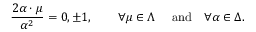
{ \frac { 2 \alpha \cdot \mu } { \alpha ^ { 2 } } } = 0 , \pm 1 , \quad \quad \forall \mu \in \Lambda \quad \ \mathrm { a n d } \quad \forall \alpha \in \Delta .